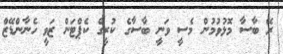
ރޭ ބާސާ މޮޅުވުމުން މެސީ ވަނީ ބާސާގެ ކުރީގެ ކެޕްޓަން ޒަވީ ހެނާންޑޭޒް